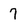
Character: 7